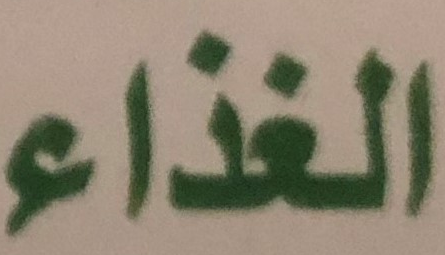
الغذاء